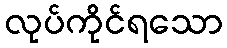
လုပ်ကိုင်ရသော